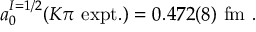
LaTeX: a _ { 0 } ^ { I = 1 / 2 } ( K \pi \ \mathrm { e x p t . } ) = 0 . 4 7 2 ( 8 ) \ \mathrm { f m } \ .